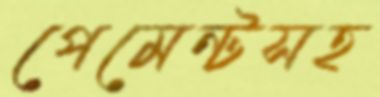
পেমেন্টসহ